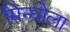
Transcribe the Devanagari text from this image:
मिन्धोला